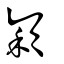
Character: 穎